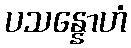
ပသန္နောဟံ